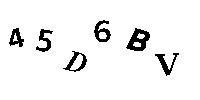
45D6BV